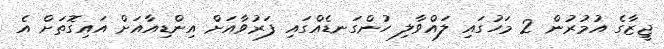
ޖީޒާގެ އުމުރުން 2 މަހުގައި ލައްވާލި ހުންގަނޑެއްގައި ފަރުވާއަށް އިންޑިއާއަށް އައިގޮތަށް އެ